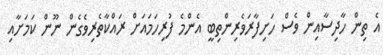
އެ ތިން ހާދިސާއިން ވެސް ހަށިފާރަވެރިންތިބީ އެންމެ ފުރިހަމައަށް ރައްކާތެރިވެގެން ނޫން ކަމަށާއި